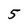
Character: 5